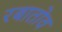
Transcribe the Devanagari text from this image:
रबातोव